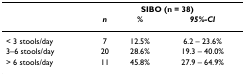
<table><thead><tr><td></td><td colspan="3"><b>SIBO (n = 38)</b></td></tr><tr><td></td><td><b><i>n</i></b></td><td><b><i>%</i></b></td><td><b><i>95%-CI</i></b></td></tr></thead><tbody><tr><td>&lt; 3 stools/day</td><td>7</td><td>12.5%</td><td>6.2 – 23.6%</td></tr><tr><td>3–6 stools/day</td><td>20</td><td>28.6%</td><td>19.3 – 40.0%</td></tr><tr><td>&gt; 6 stools/day</td><td>11</td><td>45.8%</td><td>27.9 – 64.9%</td></tr></tbody></table>